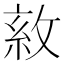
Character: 𢽺